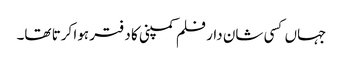
جہاں کسی شان دار فلم کمپنی کا دفتر ہوا کرتا تھا۔